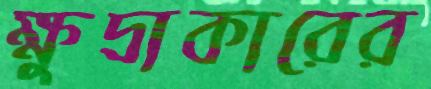
ক্ষুদ্রাকারের